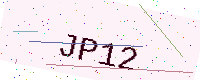
Text: JP12